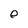
Character: 0